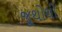
જૂથોથી